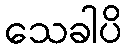
သေခါပိ